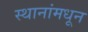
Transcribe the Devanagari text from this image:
स्थानांमधून